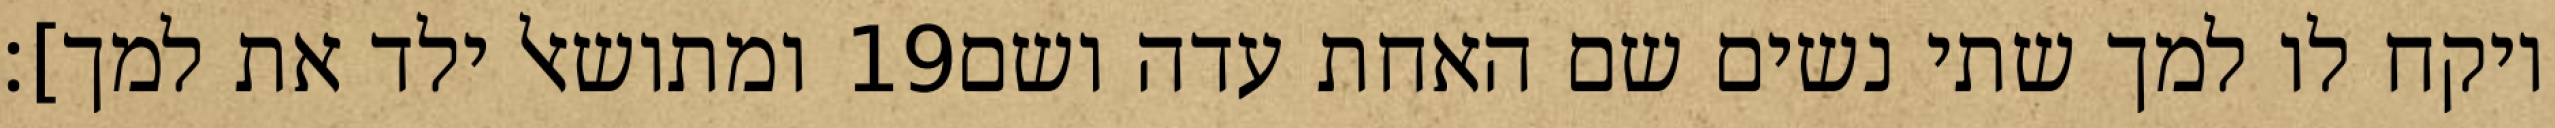
ומתושאל ילד את למך]׃ ‎19‏ ויקח לו למך שתי נשים שם האחת עדה ושם